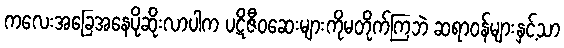
ကလေးအခြေအနေပိုဆိုးလာပါက ပဋိဇီဝဆေးများကိုမတိုက်ကြဘဲ ဆရာဝန်များနှင့်သာ